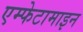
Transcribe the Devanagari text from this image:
एम्फेटामाइन